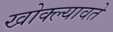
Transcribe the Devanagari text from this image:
खोक्ल्यावते